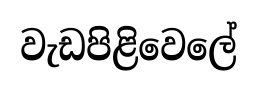
වැඩපිළිවෙලේ